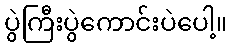
ပွဲကြီးပွဲကောင်းပဲပေါ့။